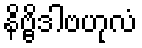
နိဗ္ဗိဒါဗဟုလံ